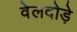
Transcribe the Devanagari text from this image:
वेलदोड़े